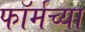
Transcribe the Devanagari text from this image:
फॉर्मच्या